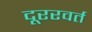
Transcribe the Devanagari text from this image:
दूररवर्त